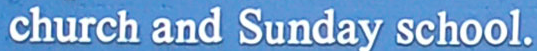
church and Sunday school.